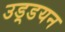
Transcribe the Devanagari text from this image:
उड़्डयन